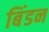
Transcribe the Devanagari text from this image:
बिंडन